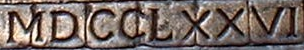
MDCCLXXVI